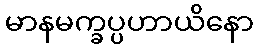
မာနမက္ခပ္ပဟာယိနော